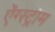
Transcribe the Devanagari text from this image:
ऐंग्स्ट्राम